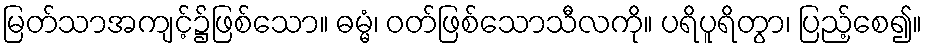
မြတ်သာအကျင့်၌ဖြစ်သော။ ဓမ္မံ၊ ဝတ်ဖြစ်သောသီလကို။ ပရိပူရိတွာ၊ ပြည့်စေ၍။